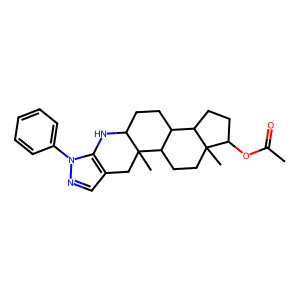
SMILES: CC(=O)OC1CCC2C3CCC4Nc5c(cnn5-c5ccccc5)CC4(C)C3CCC12C
Inhibits HIV replication: No